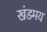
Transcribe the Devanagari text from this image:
खंडमय